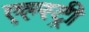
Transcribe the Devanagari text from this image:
एल्स्ट्री